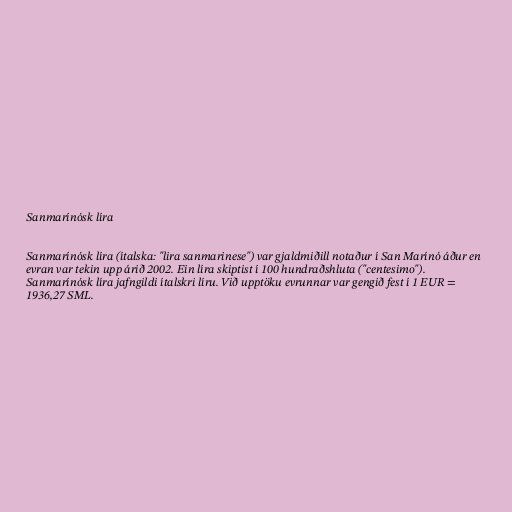
Sanmarínósk líra

Sanmarínósk líra (ítalska: "lira sanmarinese") var gjaldmiðill notaður í San Marínó áður en
evran var tekin upp árið 2002. Ein líra skiptist í 100 hundraðshluta ("centesimo").
Sanmarínósk líra jafngildi ítalskri líru. Við upptöku evrunnar var gengið fest í 1 EUR =
1936,27 SML.